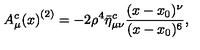
{ A _ { \mu } ^ { c } ( x ) } ^ { ( 2 ) } = - 2 \rho ^ { 4 } \bar { \eta } _ { \mu \nu } ^ { c } { \frac { ( x - x _ { 0 } ) ^ { \nu } } { ( x - x _ { 0 } ) ^ { 6 } } } ,